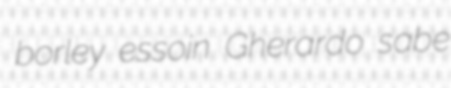
borley essoin Gherardo sabe